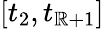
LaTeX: [t_{2},t_{\mathbb{R}+1}]